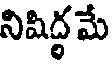
నిషిద్ధమే